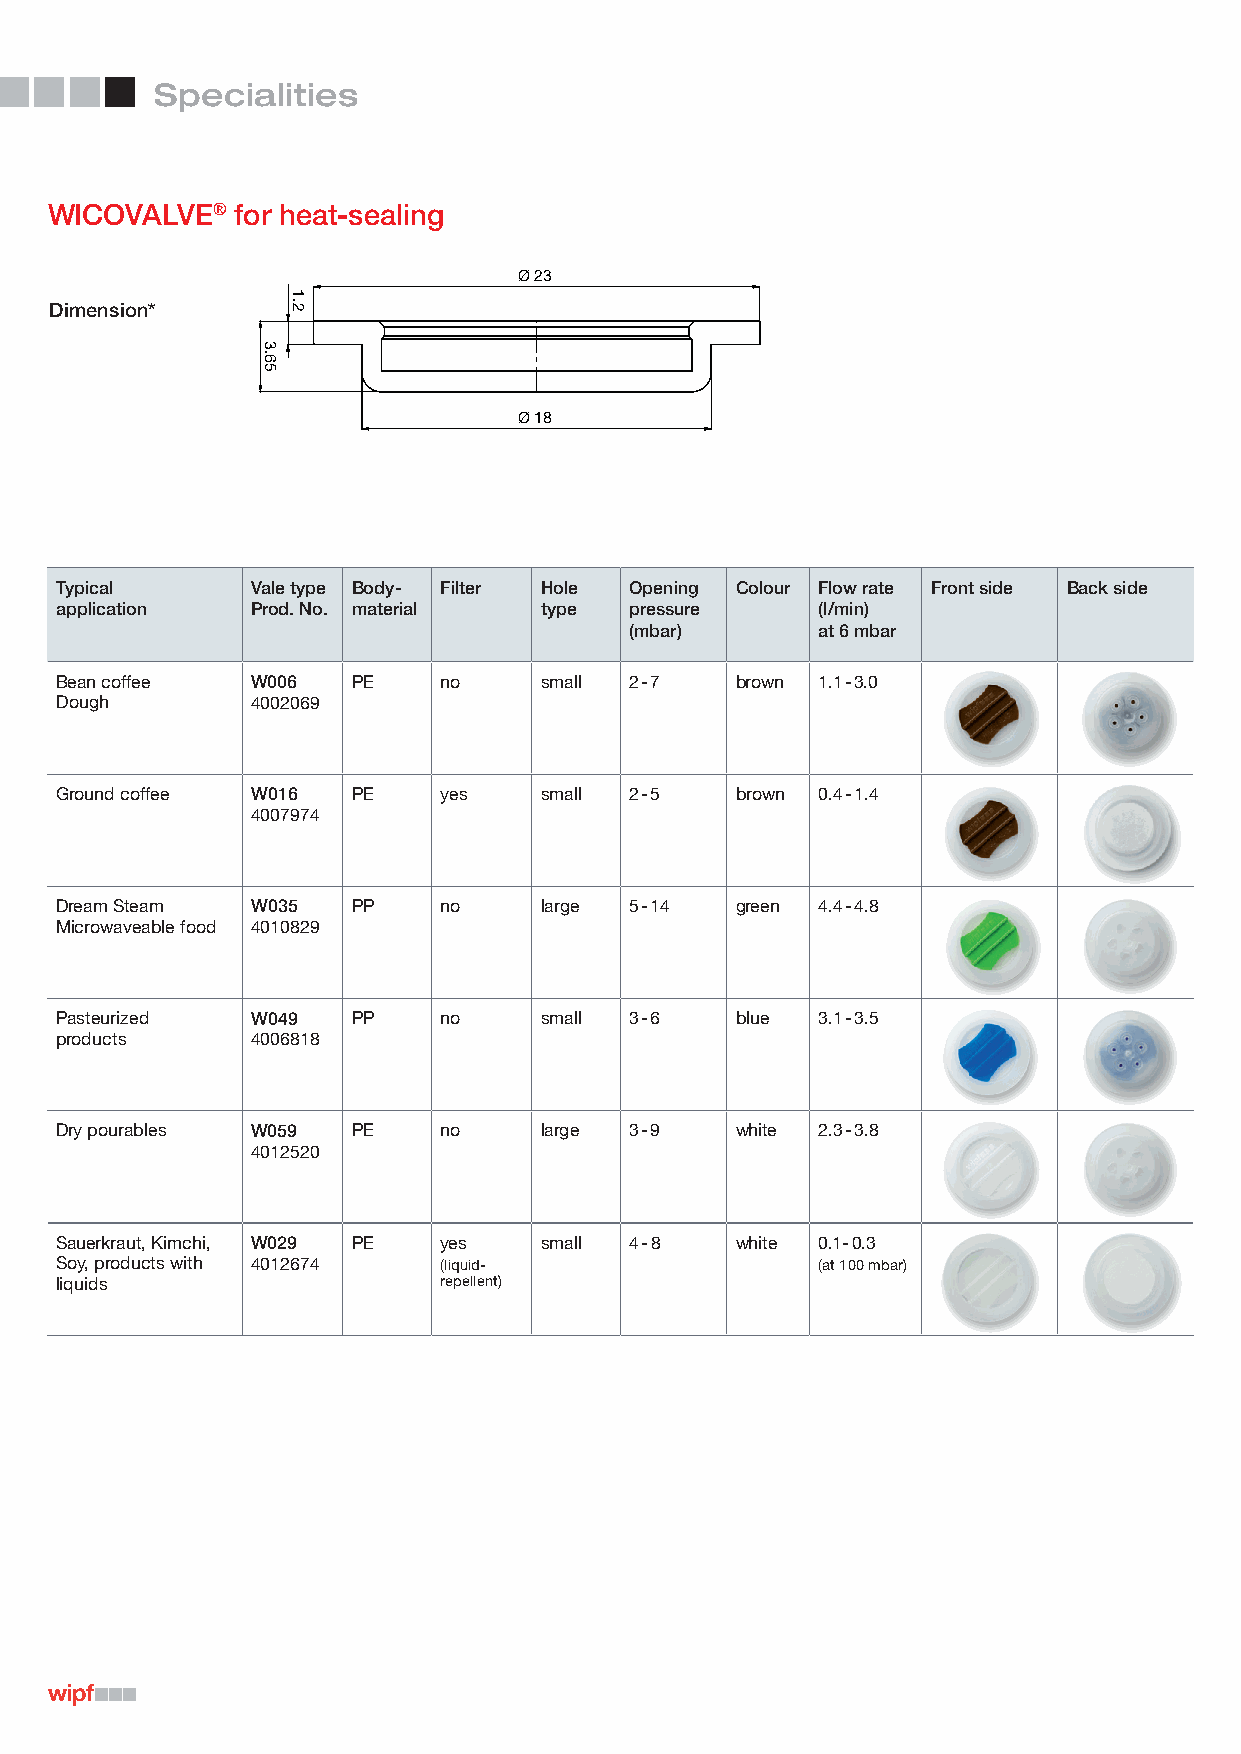
Specialities
 WICOVALVE®   for heat-sealing
 Ø 23
 Dimension*
 Ø 18
 Typical      Vale type Body- Filter Hole Opening Colour Flow rate Front side Back side
 application  Prod. No. material type  pressure    (l/min)
 (mbar)      at 6 mbar
 Bean coffee  W006  PE    no     small 2 - 7  brown 1.1 - 3.0
 Dough        4002069
 Ø 23
 Ø 20
 Ground coffee W016 PE    yes    small 2 - 5  brown 0.4 - 1.4
 4007974
 Dream Steam  W035  PP    no   Ø 1l8arge 5 - 14 green 4.4 - 4.8
 Microwaveable food 4010829
 Pasteurized  W049  PP    no     small 3 - 6  blue 3.1 - 3.5
 products     4006818
 Dry pourables W059 PE    no     large 3 - 9  white 2.3 -3.8
 4012520
 Ø 20
 Sauerkraut, Kimchi, W029 PE yes small 4 - 8  white 0.1- 0.3
 Soy, products with 4012674 (liquid-               (at 100 mbar)
 liquids                  repellent)
 Ø 18
 4.6
 3.65
 3.9
 1.2
 1.5
 5.5
 1.45                          5.7